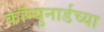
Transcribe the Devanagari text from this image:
कॉम्युनार्डच्या